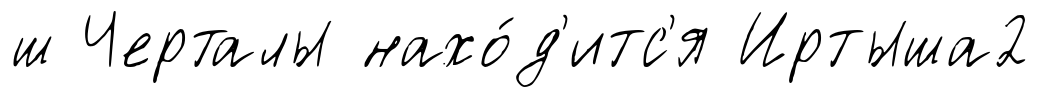
ш Черталы нахо́д'итс'я Иртыша2